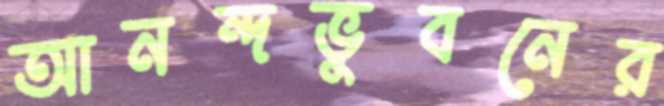
আনন্দভুবনের